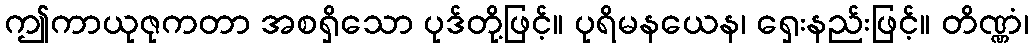
ဤကာယုဇုကတာ အစရှိသော ပုဒ်တို့ဖြင့်။ ပုရိမနယေန၊ ရှေးနည်းဖြင့်။ တိဏ္ဏံ၊